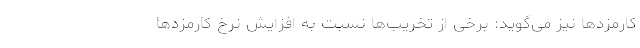
کارمزدها نیز می‌گوید: برخی از تخریب‌ها نسبت به افزایش نرخ کارمزدها